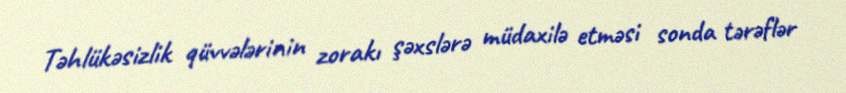
Təhlükəsizlik qüvvələrinin zorakı şəxslərə müdaxilə etməsi sonda tərəflər